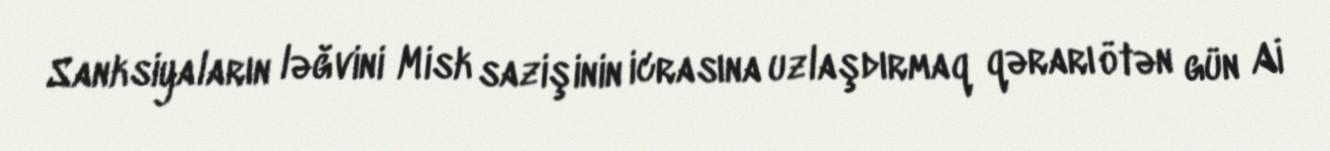
Sanksiyaların ləğvini Misk sazişinin icrasına uzlaşdırmaq qərarı ötən gün Aİ